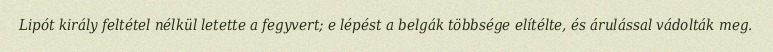
Lipót király feltétel nélkül letette a fegyvert; e lépést a belgák többsége elítélte, és árulással vádolták meg.